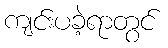
ကျင်းပခဲ့ရာတွင်